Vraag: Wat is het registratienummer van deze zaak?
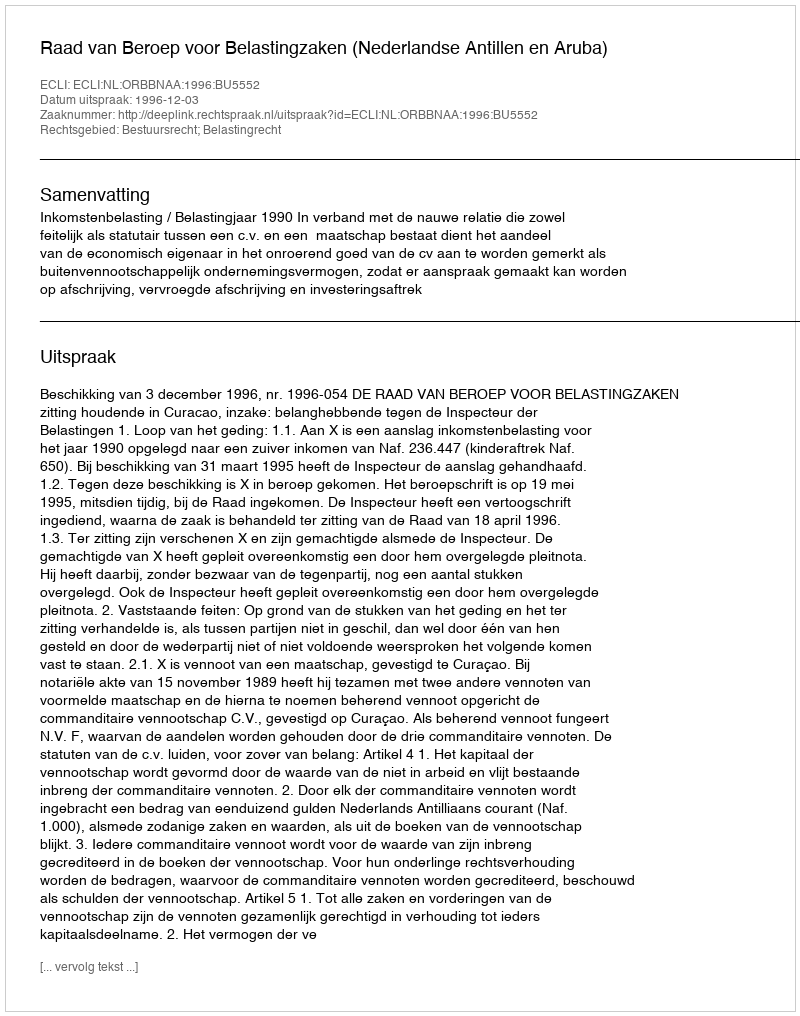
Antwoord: http://deeplink.rechtspraak.nl/uitspraak?id=ECLI:NL:ORBBNAA:1996:BU5552